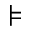
\models